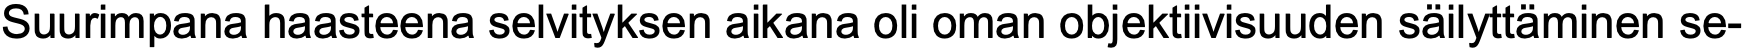
Suurimpana haasteena selvityksen aikana oli oman objektiivisuuden säilyttäminen se-